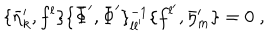
\{ \bar { \eta } _ { k } ^ { \prime } , f ^ { l } \} \{ \bar { \Phi } ^ { \prime } , \bar { \Phi } ^ { \prime } \} _ { l l ^ { \prime } } ^ { - 1 } \{ f ^ { l ^ { \prime } } , \bar { \eta } _ { m } ^ { \prime } \} = 0 \; ,